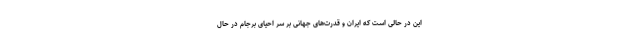
این در حالی است که ایران و قدرت‌های جهانی بر سر احیای برجام در حال